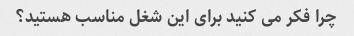
چرا فکر می کنید برای این شغل مناسب هستید؟